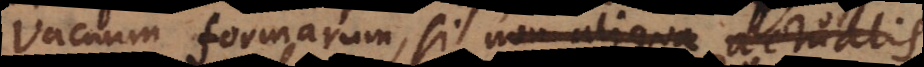
Vacuum formarum, si in aliqua parte